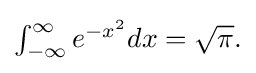
{\textstyle \int _{-\infty }^{\infty }e^{-x^{2}}dx={\sqrt {\pi }}.}